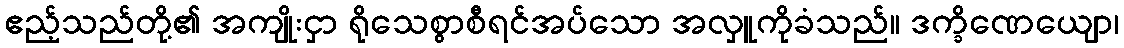
ဧည့်သည်တို့၏ အကျိုးငှာ ရိုသေစွာစီရင်အပ်သော အလှူကိုခံသည်။ ဒက္ခိဏေယျော၊